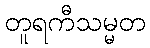
တူရကီသမ္မတ